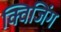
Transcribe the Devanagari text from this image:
क्विजिंग